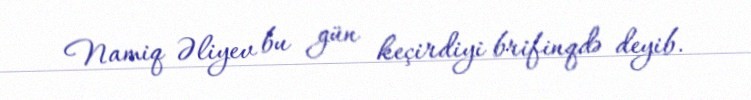
Namiq Əliyev bu gün keçirdiyi brifinqdə deyib.